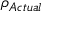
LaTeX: \rho _ { A c t u a l } \,